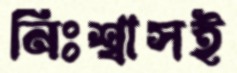
নিঃশ্বাসই